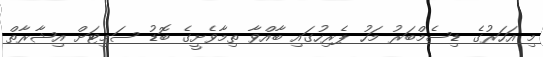
މި އަހަރުގެ ޑިސެމްބަރު މަހު ޕެރިހުގައި ބާއްވާ ތިމާވެށީގެ ބޮޑު ސަމިޓަށް އިޝާރާތް